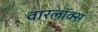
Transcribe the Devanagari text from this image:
वारलॉक्स